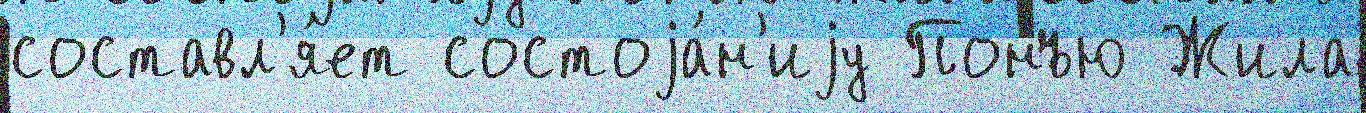
составл'я́ет состоjа́н'иjу Понъю Жила